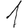
Digit: 1